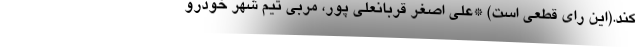
کند.(این رای قطعی است) *علی اصغر قربانعلی پور، مربی تیم شهر خودرو